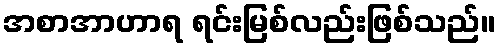
အစာအာဟာရ ရင်းမြစ်လည်းဖြစ်သည်။